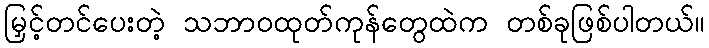
မြှင့်တင်ပေးတဲ့ သဘာဝထုတ်ကုန်တွေထဲက တစ်ခုဖြစ်ပါတယ်။